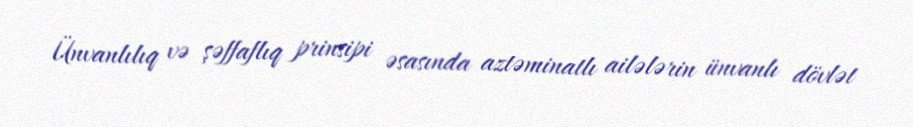
Ünvanlılıq və şəffaflıq prinsipi əsasında aztəminatlı ailələrin ünvanlı dövlət